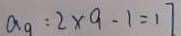
a _ { 9 } : 2 \times 9 - 1 = 1 7